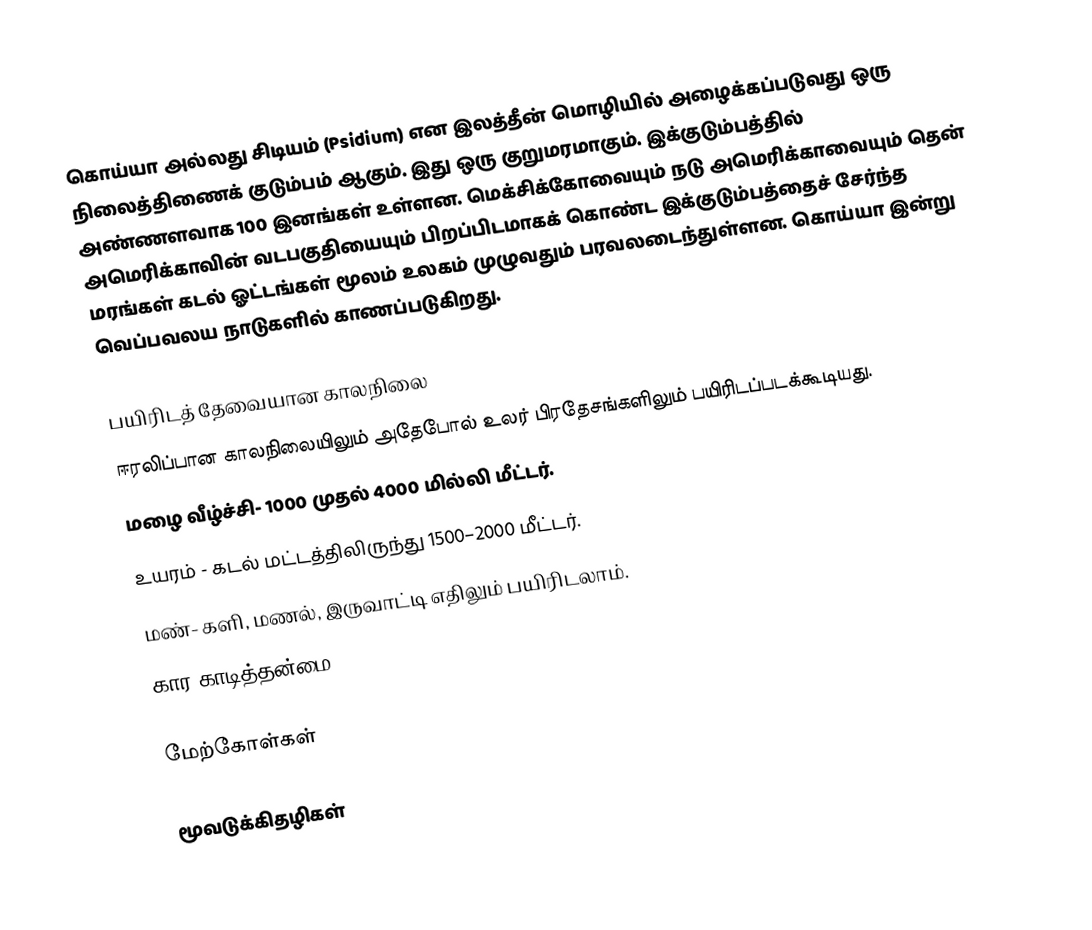
கொய்யா அல்லது சிடியம் (Psidium) என இலத்தீன் மொழியில் அழைக்கப்படுவது ஒரு நிலைத்திணைக் குடும்பம் ஆகும். இது ஒரு குறுமரமாகும். இக்குடும்பத்தில் அண்ணளவாக 100 இனங்கள் உள்ளன. மெக்சிக்கோவையும் நடு அமெரிக்காவையும் தென் அமெரிக்காவின் வடபகுதியையும் பிறப்பிடமாகக் கொண்ட இக்குடும்பத்தைச் சேர்ந்த மரங்கள் கடல் ஓட்டங்கள் மூலம் உலகம் முழுவதும் பரவலடைந்துள்ளன. கொய்யா இன்று வெப்பவலய நாடுகளில் காணப்படுகிறது.

பயிரிடத் தேவையான காலநிலை
 ஈரலிப்பான காலநிலையிலும் அதேபோல் உலர் பிரதேசங்களிலும் பயிரிடப்படக்கூடியது.
 மழை வீழ்ச்சி- 1000 முதல் 4000 மில்லி மீட்டர்.
 உயரம் - கடல் மட்டத்திலிருந்து 1500–2000 மீட்டர்.
 மண்- களி, மணல், இருவாட்டி எதிலும் பயிரிடலாம்.
 கார காடித்தன்மை -pH 4.5-9.0

மேற்கோள்கள்

மூவடுக்கிதழிகள்